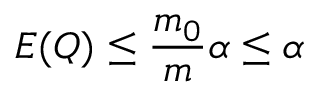
E ( Q ) \leq { \frac { m _ { 0 } } { m } } \alpha \leq \alpha